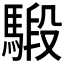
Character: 𩤣